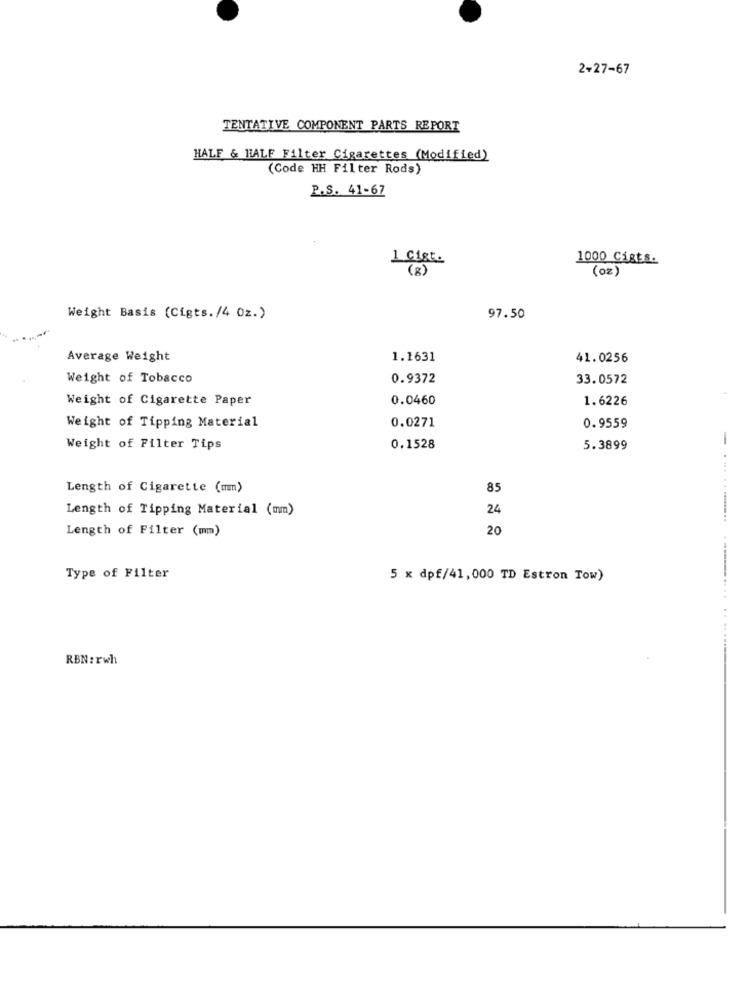
2+27-67
TENTATIVE COMPONENT PARTS REPORT
HALF & HALF Filter Cigarettes (Modified)
(Code HH Filter Rods)
P.S. 41-67
1 Cist.
1000 Cigts.
(8)
(oz)
Weight Basis (Cigts./4 Oz.)
97.50
Average Weight
1.1631
41.0256
Weight of Tobacco
0.9372
33.0572
Weight of Cigarette Paper
0.0460
1.6226
Weight of Tipping Material
0.0271
0.9559
Weight of Filter Tips
0.1528
5.3899
Length of Cigarette (mm)
85
Length of Tipping Material (mm)
24
Length of Filter (mm)
20
Type of Filter
5 x dpf/41,000 TD Estron Tow)
..................
RBN: rwh